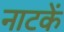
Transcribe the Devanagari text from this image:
नाटकें